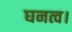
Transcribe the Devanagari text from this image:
घनत्व।